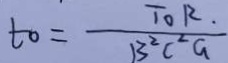
t _ { 0 } = \frac { T _ { 0 } R . } { B ^ { 2 } C ^ { 2 } G }